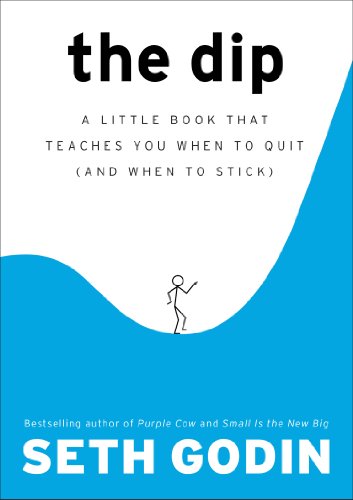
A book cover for The Dip: A Little Book That Teaches You When to Quit (and When to Stick); Seth Godin; Business & Money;